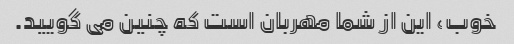
خوب، این از شما مهربان است که چنین می گویید.